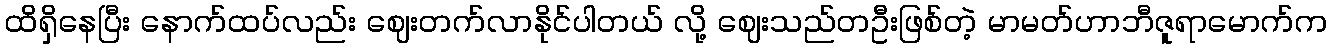
ထိရှိနေပြီး နောက်ထပ်လည်း ဈေးတက်လာနိုင်ပါတယ် လို့ ဈေးသည်တဦးဖြစ်တဲ့ မာမတ်ဟာဘီဇူရာမောက်က